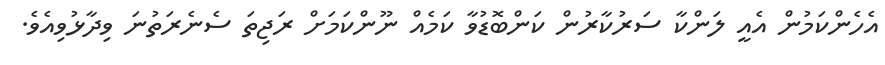
އެހެންކަމުން އެއީ ލަންކާ ސަރުކާރުން ކަންބޮޑުވާ ކަމެއް ނޫންކަމަށް ރަޖިތަ ސެނެރަތުނަ ވިދާޅުވިއެވެ.